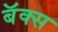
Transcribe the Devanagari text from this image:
बॅक्स